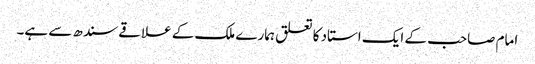
امام صاحب کے ایک استاد کا تعلق ہمارے ملک کے علاقے سندھ سے ہے۔